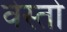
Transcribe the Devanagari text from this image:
वेस्तो